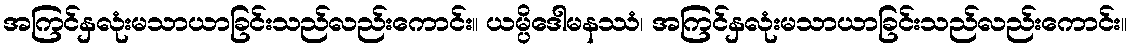
အကြင်နှလုံးမသာယာခြင်းသည်လည်းကောင်း။ ယမ္ပိဒေါမနဿံ၊ အကြင်နှလုံးမသာယာခြင်းသည်လည်းကောင်း။